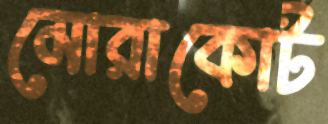
মোরাকোট